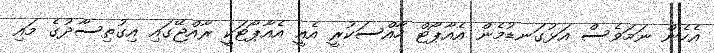
އެހެން ނަމަވެސް އަޅުގަނޑުމެން އެއާޕޯޓް ހާއްސަކުރީ އެއީ އެއާޕޯޓަކީ ރާއްޖޭގައި އިގުތިސާދުގެ މައި